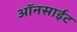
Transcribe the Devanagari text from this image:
ऑनसाईट